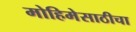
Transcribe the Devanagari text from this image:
मोहिमेसाठीचा